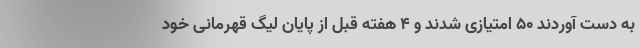
به دست آوردند ۵۰ امتیازی شدند و ۴ هفته قبل از پایان لیگ قهرمانی خود